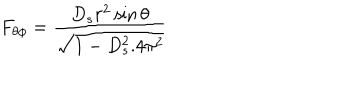
F _ { \theta \phi } = \frac { D _ { s } r ^ { 2 } \sin \theta } { \sqrt { 1 - D _ { s } ^ { 2 } . 4 \pi ^ { 2 } } }